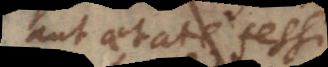
aut aetate fessi